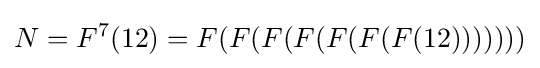
N=F^{7}(12)=F(F(F(F(F(F(F(12)))))))